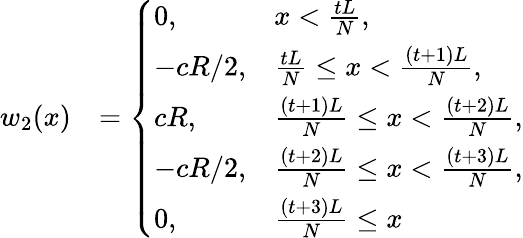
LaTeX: \begin{array}{rl}{w_{2}(x)}&{=\left\{ \begin{array}{ll}{0,}&{x<\frac{tL}{N},}\\ {-cR/2,}&{\frac{tL}{N}\leq x<\frac{(t+1)L}{N},}\\ {cR,}&{\frac{(t+1)L}{N}\leq x<\frac{(t+2)L}{N},}\\ {-cR/2,}&{\frac{(t+2)L}{N}\leq x<\frac{(t+3)L}{N},}\\ {0,}&{\frac{(t+3)L}{N}\leq x}\end{array}\right.}\end{array}